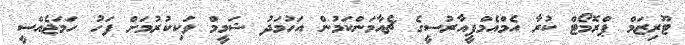
ޓޫރިޒަމް ޕްރޮމޯޓް ކުރާ އެމްއެމްޕީއާރުސީގެ ޗެއާމަންކަމުން އަހުމަދު ޝަމީމް ވަކިކުރުމަށް ފަހު ހަމަޖެއްސީ